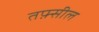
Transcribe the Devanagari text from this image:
तफ़्सील